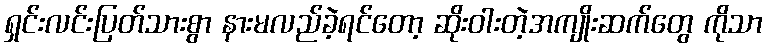
ရှင်းလင်းပြတ်သားစွာ နားမလည်ခဲ့ရင်တော့ ဆိုးဝါးတဲ့အကျိုးဆက်တွေ ကိုသာ